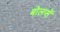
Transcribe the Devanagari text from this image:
बोलसें